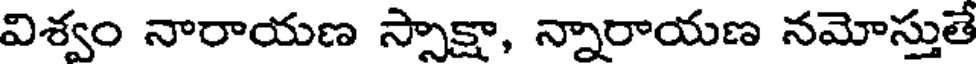
విశ్వం నారాయణ స్పాక్షా, న్నారాయణ నమోస్తుతే